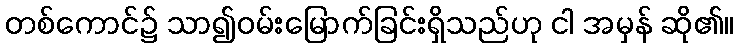
တစ်ကောင်၌ သာ၍ဝမ်းမြောက်ခြင်းရှိသည်ဟု ငါ အမှန် ဆို၏။